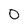
Character: 0